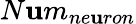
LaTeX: N\mathbf{u}m_{ne\mathbf{u}ron}